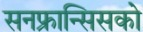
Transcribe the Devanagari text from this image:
सनफ्रान्सिसको